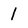
Character: 1